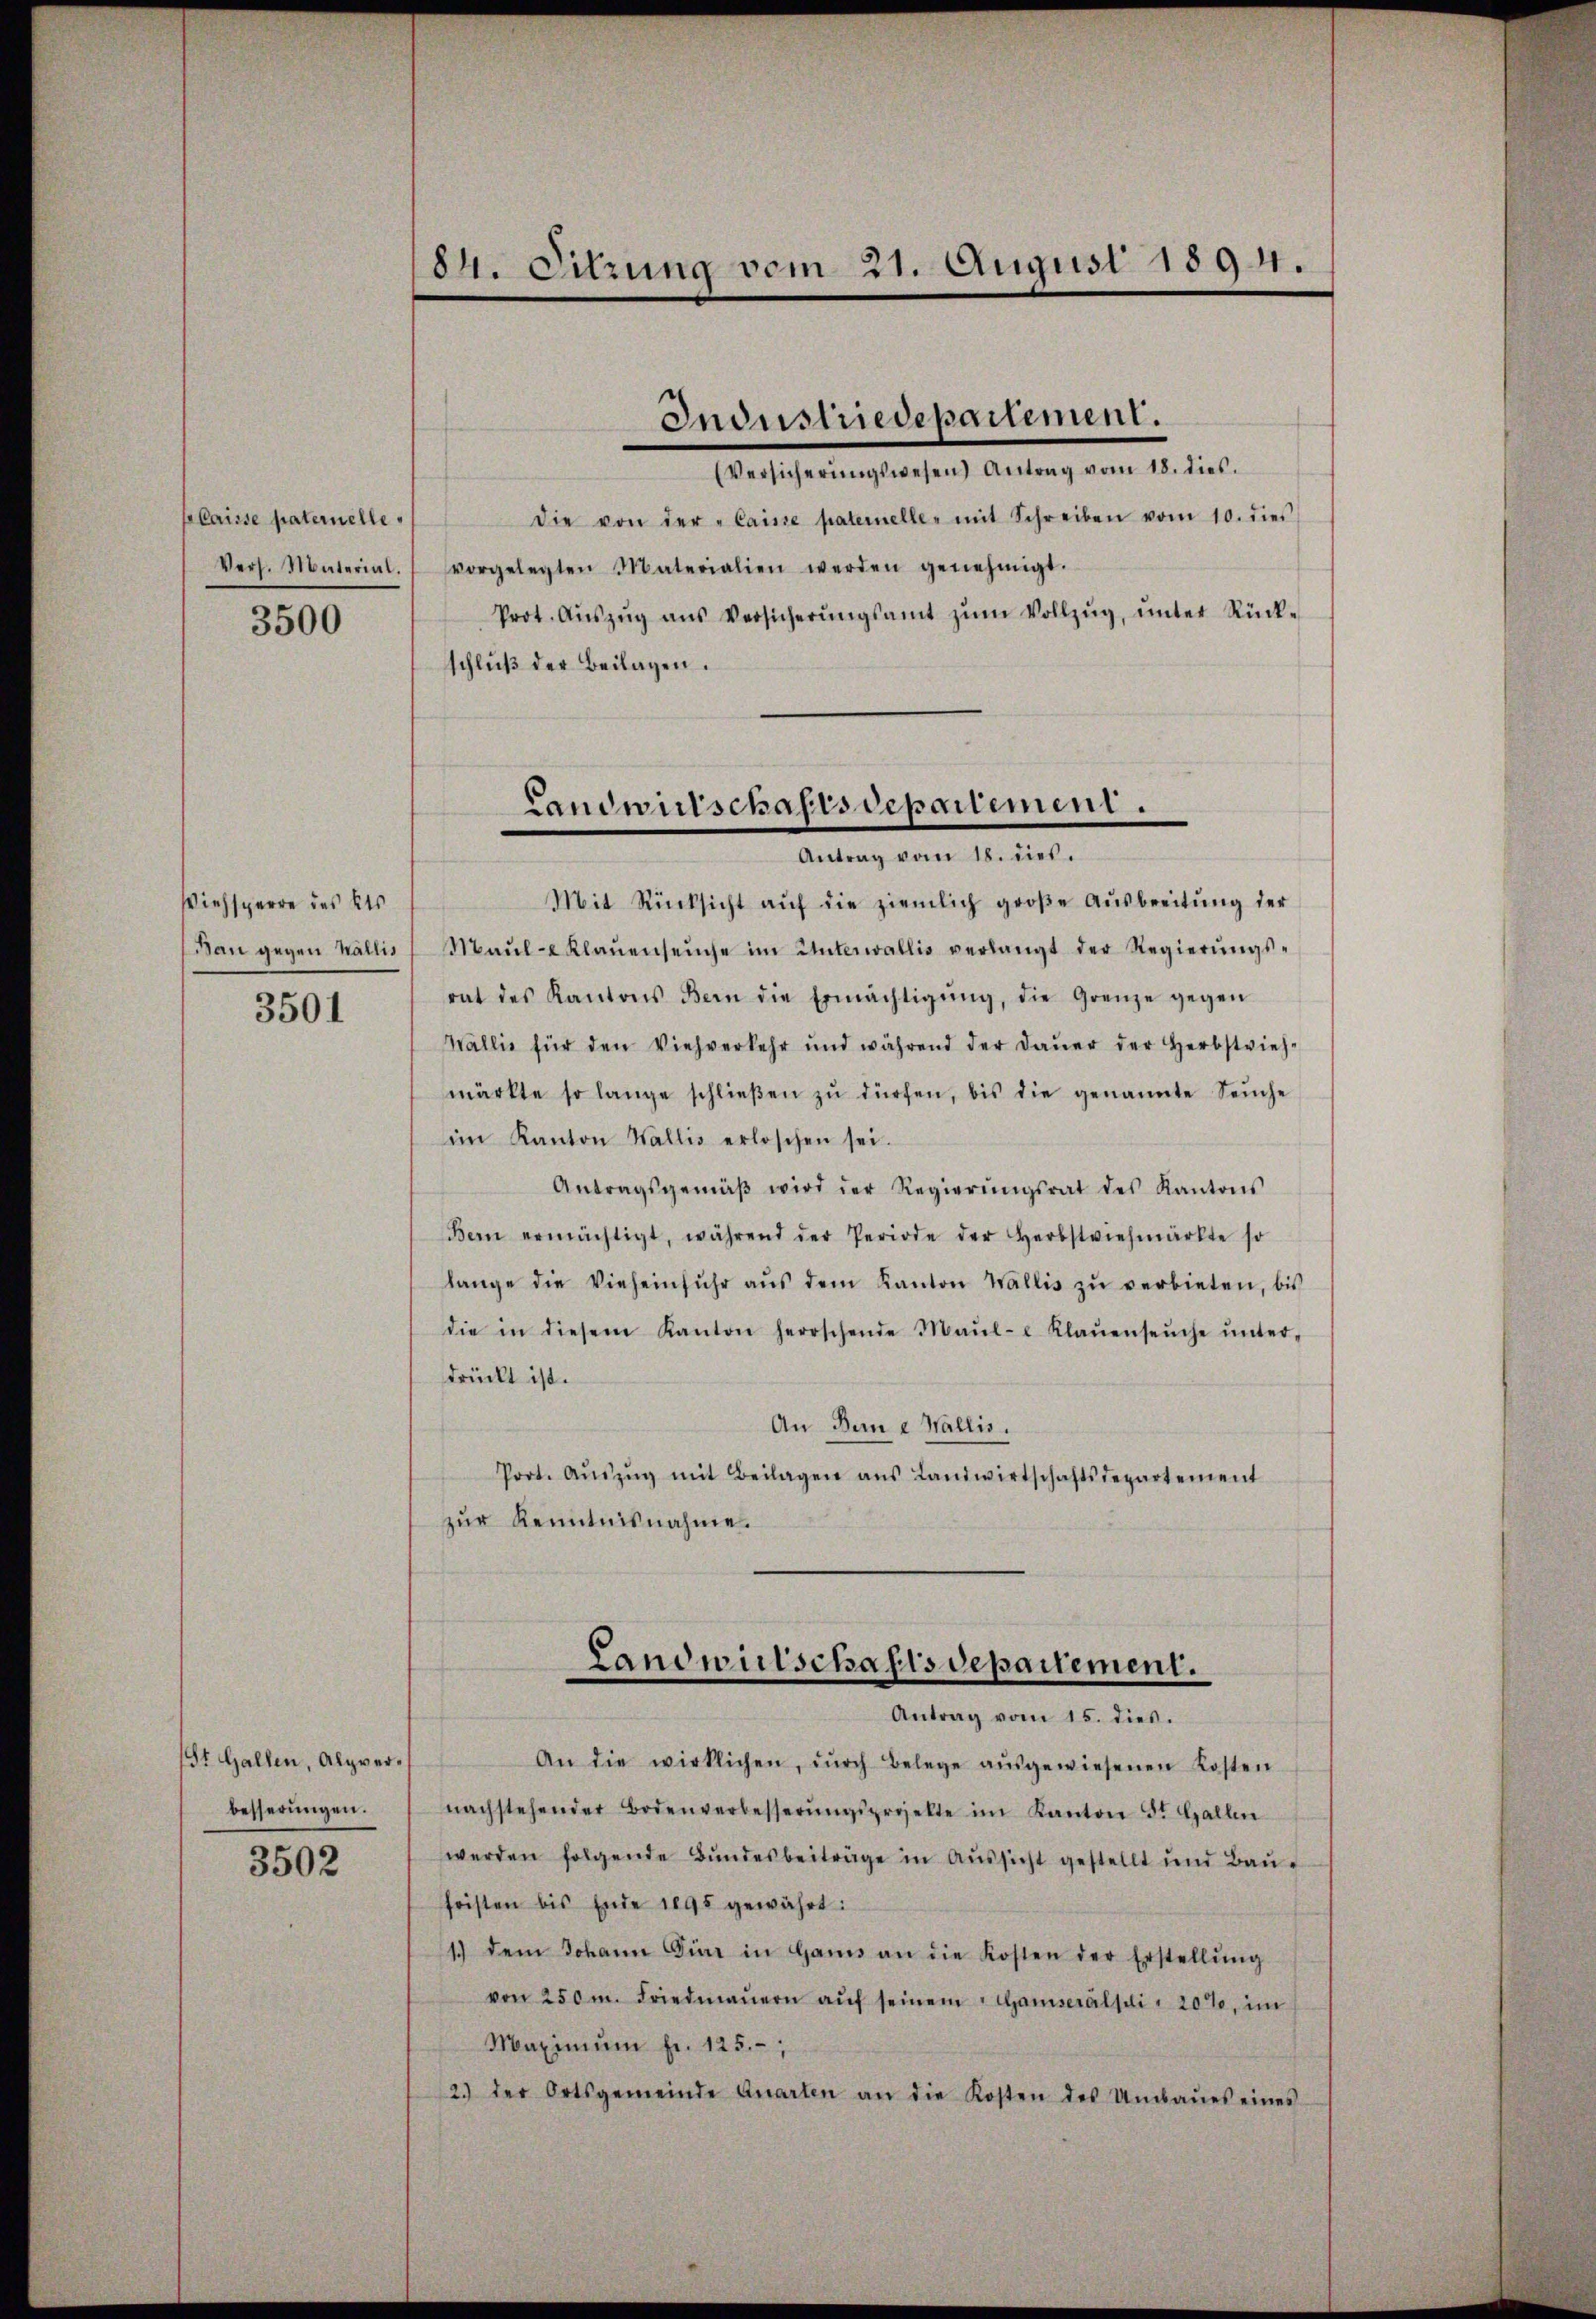
palaisse paternelle,
Vers. Material.
3500

Viehsperre des als
Ban gegen Wallis

3501

St. Gallen, Alpverbesserungen.

3502

84. Sitzung vom 21. August 1894.

Versicherŭngswesen Antrag vom 18. dies.
die von der "Caisse patermelle mit Schreiben vom 10. dies
vorgelegten Materialien werden genehmigt.
Prot. Aŭszŭg ans Versicherŭngsamt zŭm Vollzŭg, ŭnter Rück-
schluß der Beilagen.
Mit Rücksicht aŭf die ziemlich groβe Aŭsbreitŭng der
Maŭl-Klaŭenseuche im Unterwallis verlangt der Regierŭngs-
rat des Kantons Bern die Ermächtigŭng, die Grenze gegen
Wallis für den Viehverkehr und während der daŭer der Herbstvieh-
märkte so lange schlieβen zŭ dürfen, bis die genannte Seuche
im Kanton Wallis erloschen sei.
Antragsgemäβ wird der Regierŭngsrat des Kantons
Bern ermächtigt, während der Periode der Herbstviehmärkte so
lange die Vieheinfŭhr aŭs dem Kanton Wallis zŭ verbieten, bis
die in diesem Kanton herrschende Maul- u Klaŭenseuche ŭnter-
drückt ist.
An Bau e Wallis.
Port. Aŭszŭg mit Beilagen aŭs Landwirtschaftsdepartement
zŭr Kenntnisnahme.

Industriedepartement.

Landwirtschafisdepartement.
Antrag vom 18. dies

Landwulschafisdepartement.
Antrag vom 15. dies.

An die wirklichen, dŭrch Belege aŭsgewiesenen Kosten
nachstehender Bodenverbesserŭngsprojekte im Kanton St. Gallen
werden folgende Bŭndesbeiträge in Aŭssicht gestellt und Baŭ-
seisten bis Ende 1895 gewährt:
1.) dem Johann Diar in Gamis an die Kosten der Erstellŭng
von 250 m. Friedmaṅern aŭf seinem Gamseralsui- 20%, im
Maximum fr. 125.
2.) der Ortsgemeinde Quarten an die Kosten des Umbaŭes eines